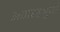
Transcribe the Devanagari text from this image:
अठारहभुजी